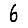
Digit: 6